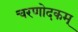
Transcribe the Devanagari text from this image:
चरणोदकम्